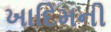
ખાદિમની